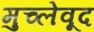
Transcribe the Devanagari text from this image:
मुच्लेवूद